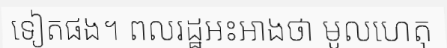
ទៀតផង។ ពលរដ្ឋអះអាងថា មូលហេតុ